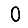
Digit: 0